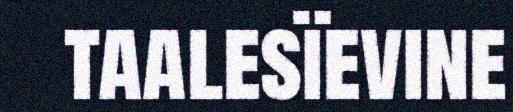
taalesïevine